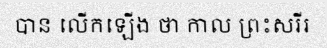
បាន លើកឡើង ថា កាល ព្រះសរីរ